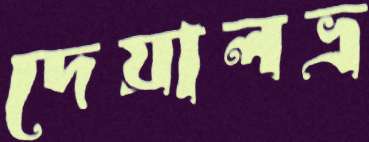
দেয়ালভ্র